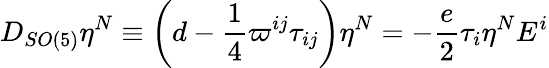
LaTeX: D_{SO(5)}\eta^{N}\equiv\left(d-\frac{1}{4}\varpi^{ij}\tau_{ij}\right)\eta^{N}=-\frac{e}{2}\tau_{i}\eta^{N}E^{i}